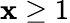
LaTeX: \mathbf{x}\geq1